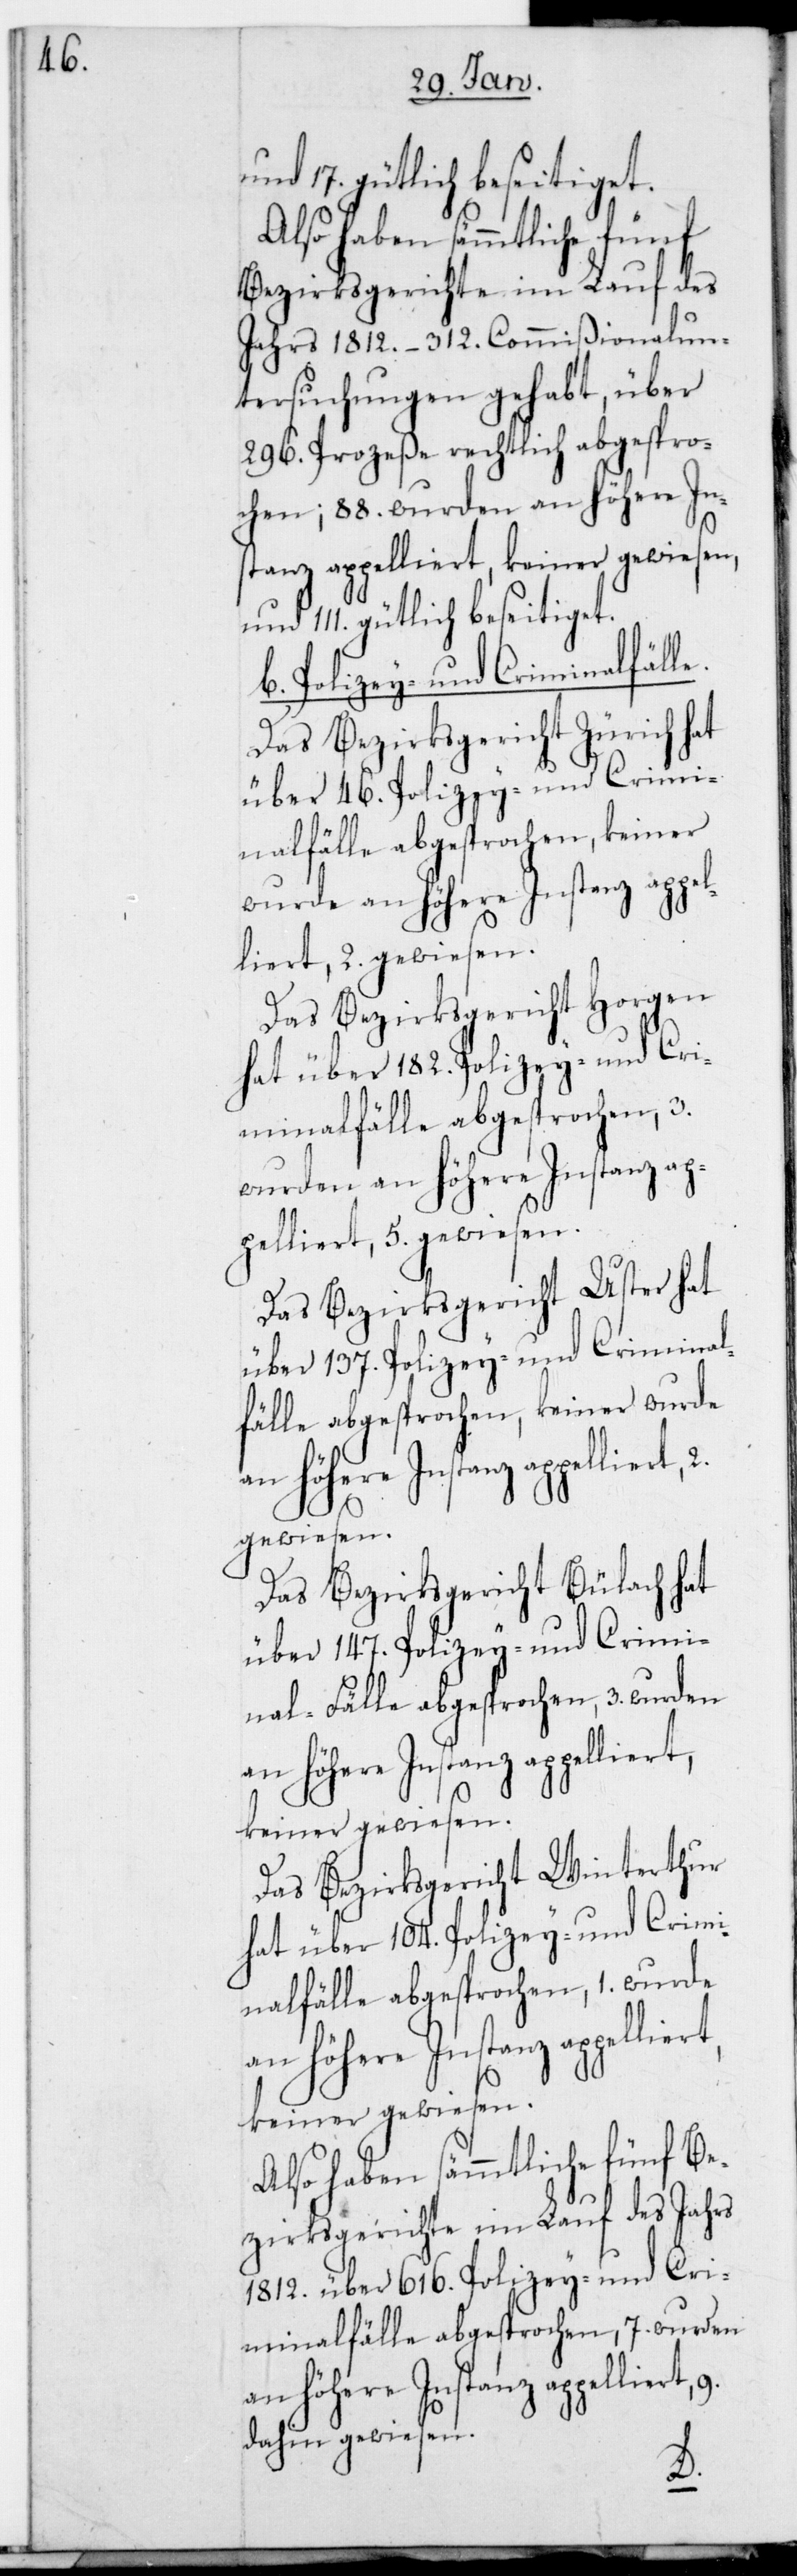
Also haben sämmtliche fünf
Bezirksgerichte im Lauf des
Jahrs 1812. – 312. Commißionalun¬
tersuchungen gehabt, über
296. Prozeße rechtlich abgespro¬
chen; 88. wurden an höhere In¬
stanz appelliert, keiner gewiesen
111. gütlich beseitiget.
b. Polizey- und Criminalfälle.
Das Bezirksgericht Zürich hat
über 46. Polizey- und Crimi¬
nalfälle abgesprochen, keiner
Das Bezirksgericht Horgen
hat über 182. Polizey- und Cri¬
minalfälle abgesprochen, 3.
wurde an höhere Instanz ap¬
pelliert, 2. gewiesen.
Das Bezirksgericht Uster hat
Das Bezirksgericht Bülach hat
über 147. Polizey- und Crimi¬
keiner gewiesen.
Das Bezirksgericht Winterthur
hat über 104. Polizey- und Crimi¬
nalfälle abgesprochen, 1. wurde
Also haben sämmtliche fünf Be¬
zirksgerichte im Lauf des Jahrs
1812. über 616. Polizey- und Cri¬
minalfälle abgesprochen, 7. wurden
an höhere Instanz appelliert,
dahin gewiesen.